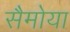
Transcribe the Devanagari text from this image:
सैमोया